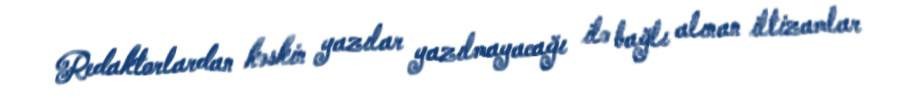
Redaktorlardan kəskin yazılar yazılmayacağı ilə bağlı alınan iltizamlar